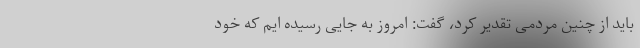
باید از چنین مردمی تقدیر کرد، گفت: امروز به جایی رسیده ایم که خود